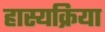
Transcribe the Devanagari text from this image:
हास्यक्रिया